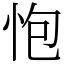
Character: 怉